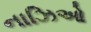
નાઝિઓ